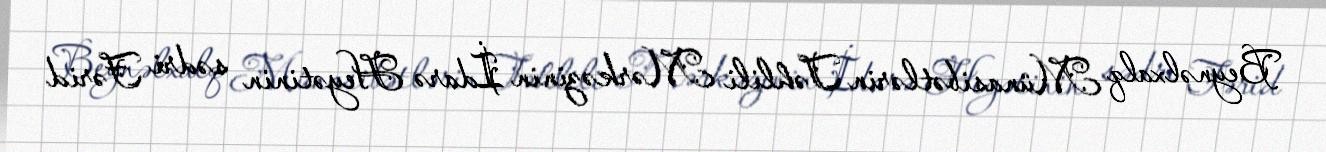
Beynəlxalq Münasibətlərin Təhlili Mərkəzinin İdarə Heyətinin sədri Fərid